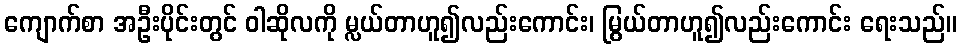
ကျောက်စာ အဦးပိုင်းတွင် ဝါဆိုလကို မ္လယ်တာဟူ၍လည်းကောင်း၊ မြွယ်တာဟူ၍လည်းကောင်း ရေးသည်။